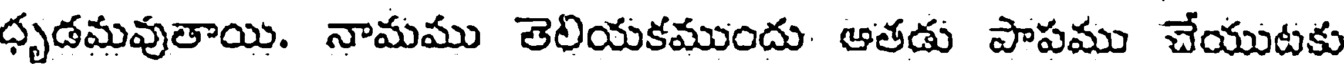
ధృడమవుతాయి. నామము తెలియకముందు ఆతడు పాపము చేయుటకు